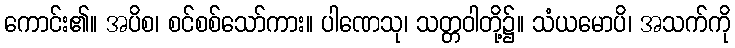
ကောင်း၏။ အပိစ၊ စင်စစ်သော်ကား။ ပါဏေသု၊ သတ္တဝါတို့၌။ သံယမောပိ၊ အသက်ကို